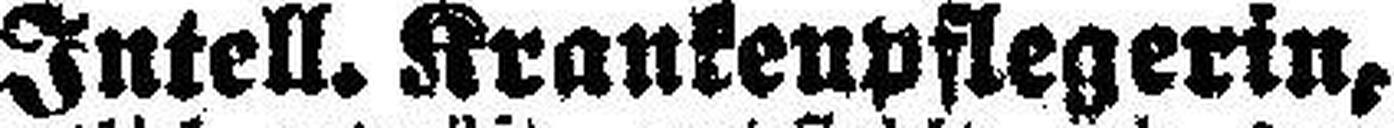
Intell. Krankenpflegerin,